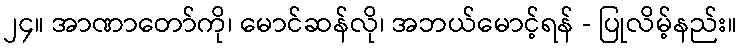
၂၄။ အာဏာတော်ကို၊ မောင်ဆန်လို၊ အဘယ်မောင့်ရန် - ပြုလိမ့်နည်း။